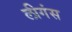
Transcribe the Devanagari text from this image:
लीगंस